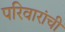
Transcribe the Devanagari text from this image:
परिवारांची